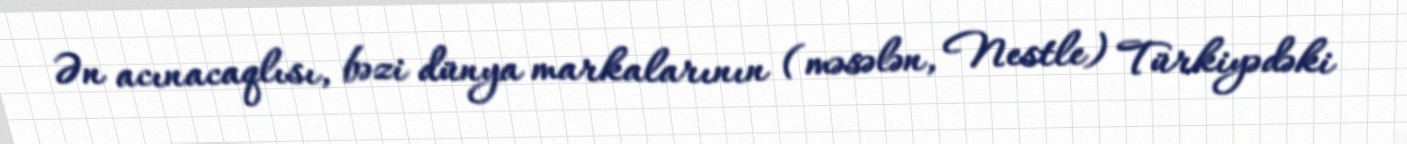
Ən acınacaqlısı, bəzi dünya markalarının (məsələn, Nestle) Türkiyədəki